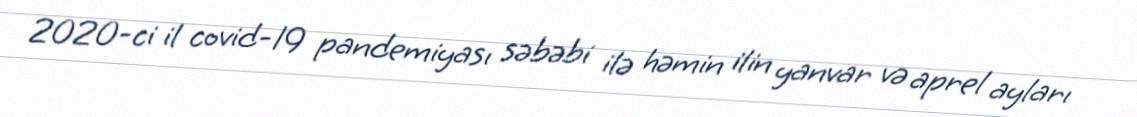
2020-ci il covid-19 pandemiyası səbəbi ilə həmin ilin yanvar və aprel ayları